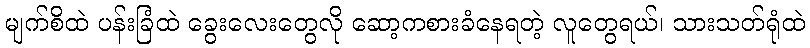
မျက်စိထဲ ပန်းခြံထဲ ခွေးလေးတွေလို ဆော့ကစားခံနေရတဲ့ လူတွေရယ်၊ သားသတ်ရုံထဲ